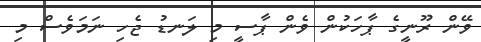
ވޭން ރޫނީގެ ޕާހަކުން ވެން ޕާސީ މި ލަނޑު ޖެހި ނަމަވެސް މި